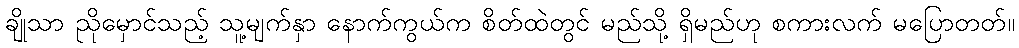
ချိုသာ ညိုမှောင်သည့် သူ့မျက်နှာ နောက်ကွယ်က စိတ်ထဲတွင် မည်သို့ ရှိမည်ဟု စကားလက် မပြောတတ်။